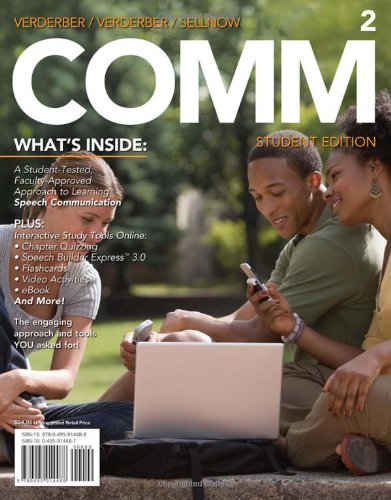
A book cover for COMM 2 (with CourseMate, Interactive Video Activities, SpeechBuilder(TM) Express, InfoTrac 1-Semester Printed Access Card) (Engaging 4LTR Press Titles for Communication); Rudolph F. Verderber; Business & Money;